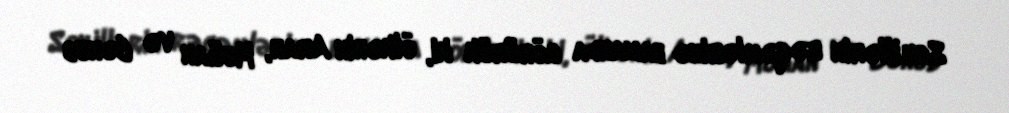
Son illərin rəqəmlərinə baxanda görürük ki, ölkənin Aran, Muğan və Cənub